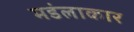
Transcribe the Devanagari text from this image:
मडंलाकार